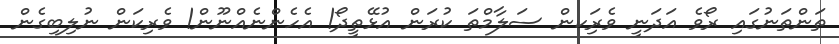
ތަންތަނުގައި ރޯވެ އަދަނީ ވެރިަކން ސަލާމްތަ ކުރަން އުޅޭތީދޯ! އެހެންނެއްނޫން! ވެރިކަން ނުލިބިގެން